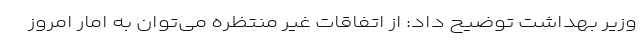
وزیر بهداشت توضیح داد: از اتفاقات غیر منتظره می‌توان به امار امروز